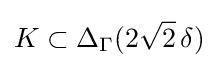
K\subset \Delta _{\Gamma }(2{\sqrt {2}}\,\delta )